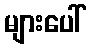
များပေါ်